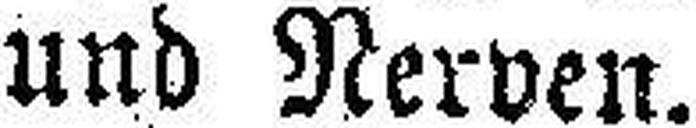
und Nerven.